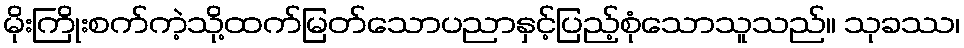
မိုးကြိုးစက်ကဲ့သို့ထက်မြတ်သောပညာနှင့်ပြည့်စုံသောသူသည်။ သုခဿ၊